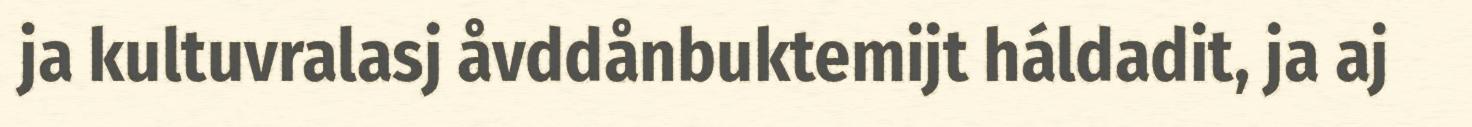
ja kultuvralasj åvddånbuktemijt háldadit, ja aj